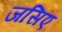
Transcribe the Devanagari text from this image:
जसिए